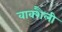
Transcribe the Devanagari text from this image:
वाक्शैली